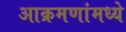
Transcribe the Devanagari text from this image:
आक्रमणांमध्ये